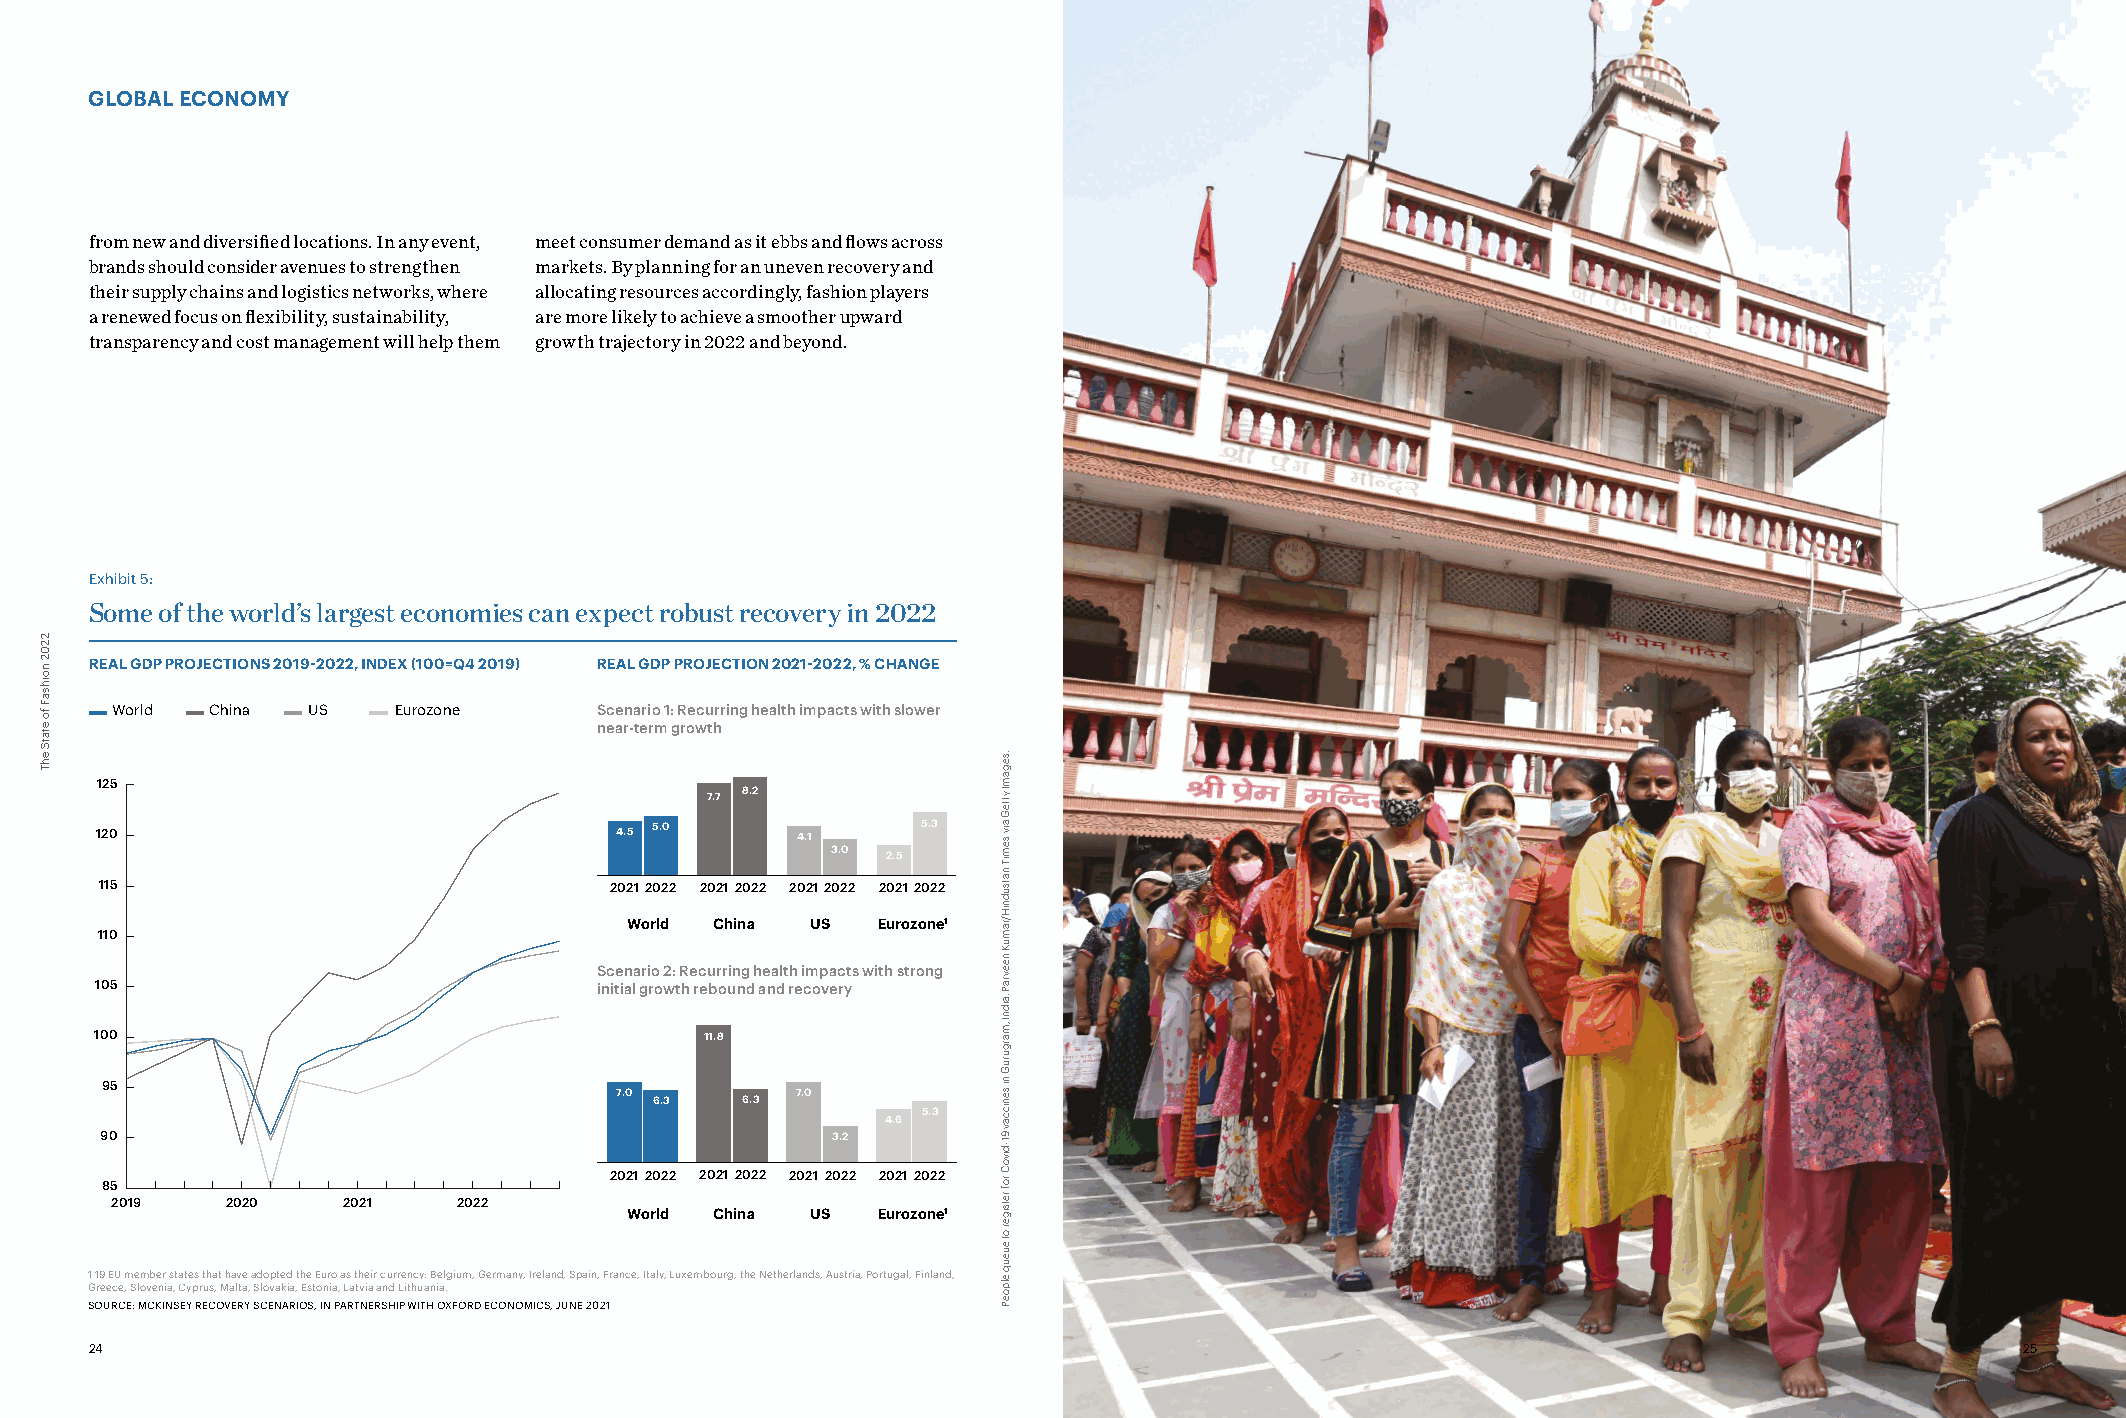
GLOBAL ECONOMY
 from new and diversified locations. In any event, meet consumer demand as it ebbs and flows across
 brands should consider avenues to strengthen markets. By planning for an uneven recovery and
 their supply chains and logistics networks, where allocating resources accordingly, fashion players
 a renewed focus on flexibility, sustainability, are more likely to achieve a smoother upward
 transparency and cost management will help them growth trajectory in 2022 and beyond.
 Exhibit 5:
 Some of the world’s largest economies can expect robust recovery in 2022
 REAL GDP PROJECTIONS 2019-2022, INDEX (100=Q4 2019) REAL GDP PROJECTION 2021-2022, % CHANGE
 World  China US    Eurozone      Scenario 1: Recurring health impacts with slower
 near-term growth
 125
 7.7 8.2
 120                                4.5 5.0     4.1     5.3
 3.0
 2.5
 115                              20212022 20212022 20212022 20212022
 World China  US  Eurozone1
 110
 Scenario 2: Recurring health impacts with strong
 105                               initial growth rebound and recovery
 100                                      11.8
 95
 7.0         7.0
 6.3   6.3
 5.3
 4.6
 90                                              3.2
 2021 2022 2021 2022 2021 2022 2021 2022 85
 2019    2020    2021   2022
 World China  US  Eurozone1
 1 19 EU member states that have adopted the Euro as their currency: Belgium, Germany, Ireland, Spain, France, Italy, Luxembourg, the Netherlands, Austria, Portugal, Finland,
 Greece, Slovenia, Cyprus, Malta, Slovakia, Estonia, Latvia and Lithuania.
 SOURCE: MCKINSEY RECOVERY SCENARIOS, IN PARTNERSHIP WITH OXFORD ECONOMICS, JUNE 2021
 24                                                                                                                              25
 2202
 noihsaF
 fo
 etatS
 ehT                                                            .segamI
 ytteG
 aiv semiT
 natsudniH/ramuK
 neevraP
 .aidnI
 ,marguruG
 ni
 seniccav
 91-divoC
 rof
 retsiger
 ot
 eueuq
 elpoeP